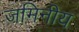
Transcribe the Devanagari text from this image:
जमिनीय